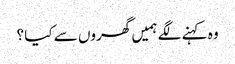
وہ کہنے لگے ہمیں گھروں سے کیا ؟